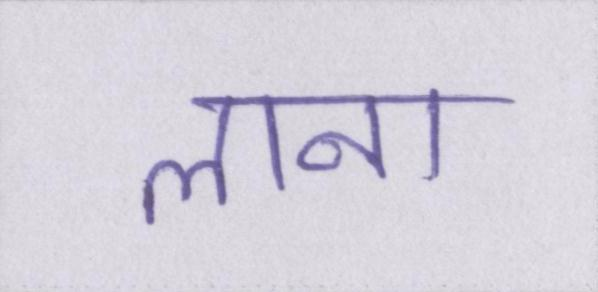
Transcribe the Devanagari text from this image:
लाना